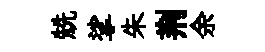
兟挲朱荆余